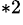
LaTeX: ^{*2}